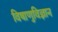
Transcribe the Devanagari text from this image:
विषाणुविज्ञान